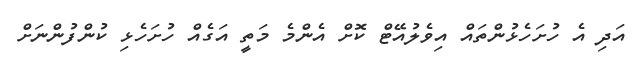
އަދި އެ ހުށަހެޅުންތައް އިވެލުއޭޓް ކޮށް އެންމެ މަތީ އަގެއް ހުށަހެޅި ކުންފުންނަށް